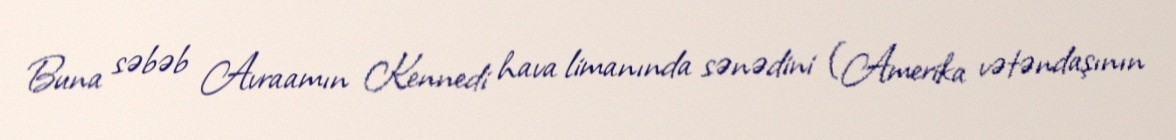
Buna səbəb Avraamın Kennedi hava limanında sənədini (Amerika vətəndaşının